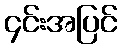
၄င်းအပြင်